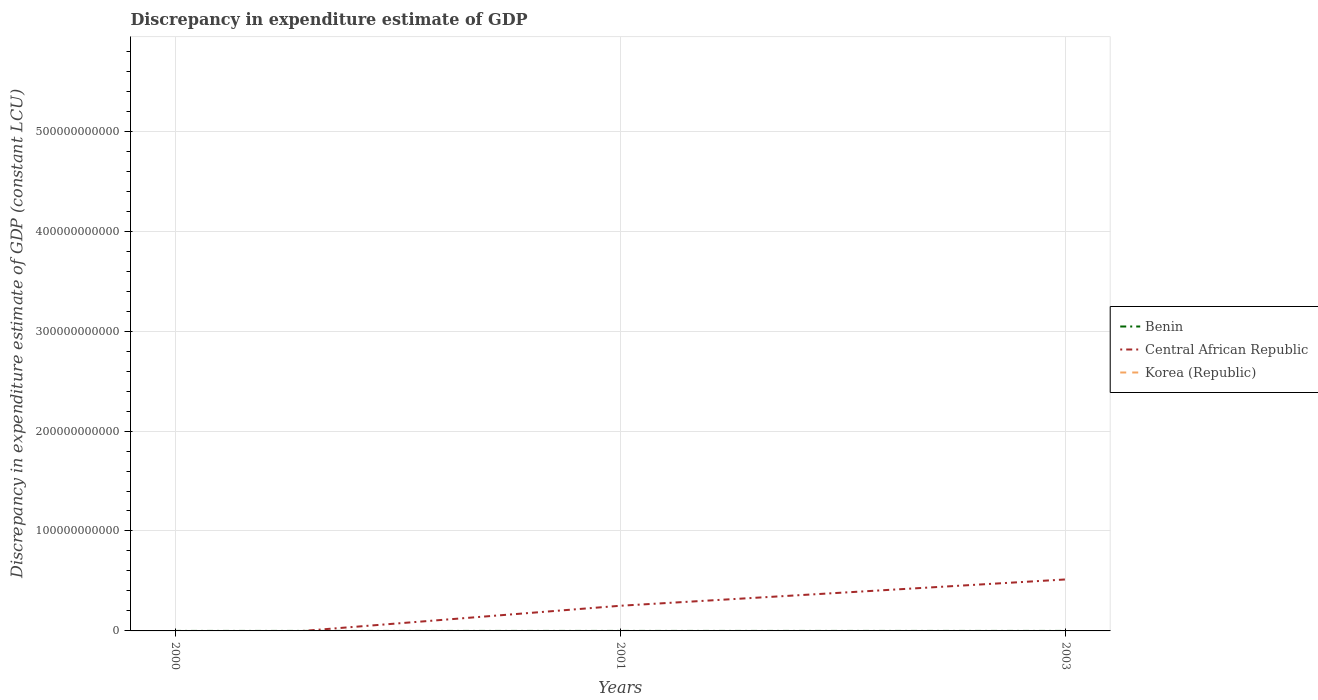
| Years | Benin | Central African Republic | Korea (Republic) |
 | --- | --- | --- | --- |
 | 2000 | 100 | -1.02e+10 | -7.31e+12 |
 | 2001 | 100 | 2.52e+10 | -1.08e+13 |
 | 2003 | 100 | 5.15e+10 | -6.42e+12 |